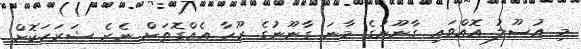
މި އުސޫލު އޮއްވައި ގާނޫނުގެ މާނަ ގާނޫނުގެ ރޫހާ އެއްގޮތަށް ނެރެ ޝަރަހަކޮށް